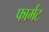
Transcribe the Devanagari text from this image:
फार्मट